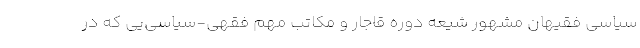
سیاسی فقیهان مشهور شیعه دوره قاجار و مکاتب مهم فقهی-سیاسی‌یی که در